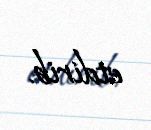
etdirib.